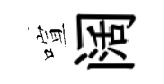
喧阔